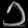
Digit: ၁